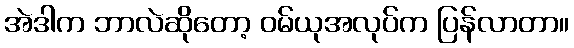
အဲဒါက ဘာလဲဆိုတော့ ဝမ်ယုအလုပ်က ပြန်လာတာ။